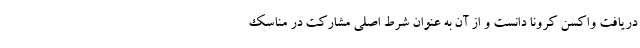
دریافت واکسن کرونا دانست و از آن به عنوان شرط اصلی مشارکت در مناسک